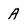
Character: A